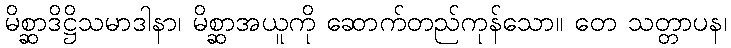
မိစ္ဆာဒိဋ္ဌိသမာဒါနာ၊ မိစ္ဆာအယူကို ဆောက်တည်ကုန်သော။ တေ သတ္တာပန၊